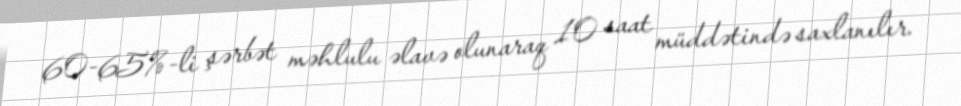
60-65%-li şərbət məhlulu əlavə olunaraq 10 saat müddətində saxlanılır.